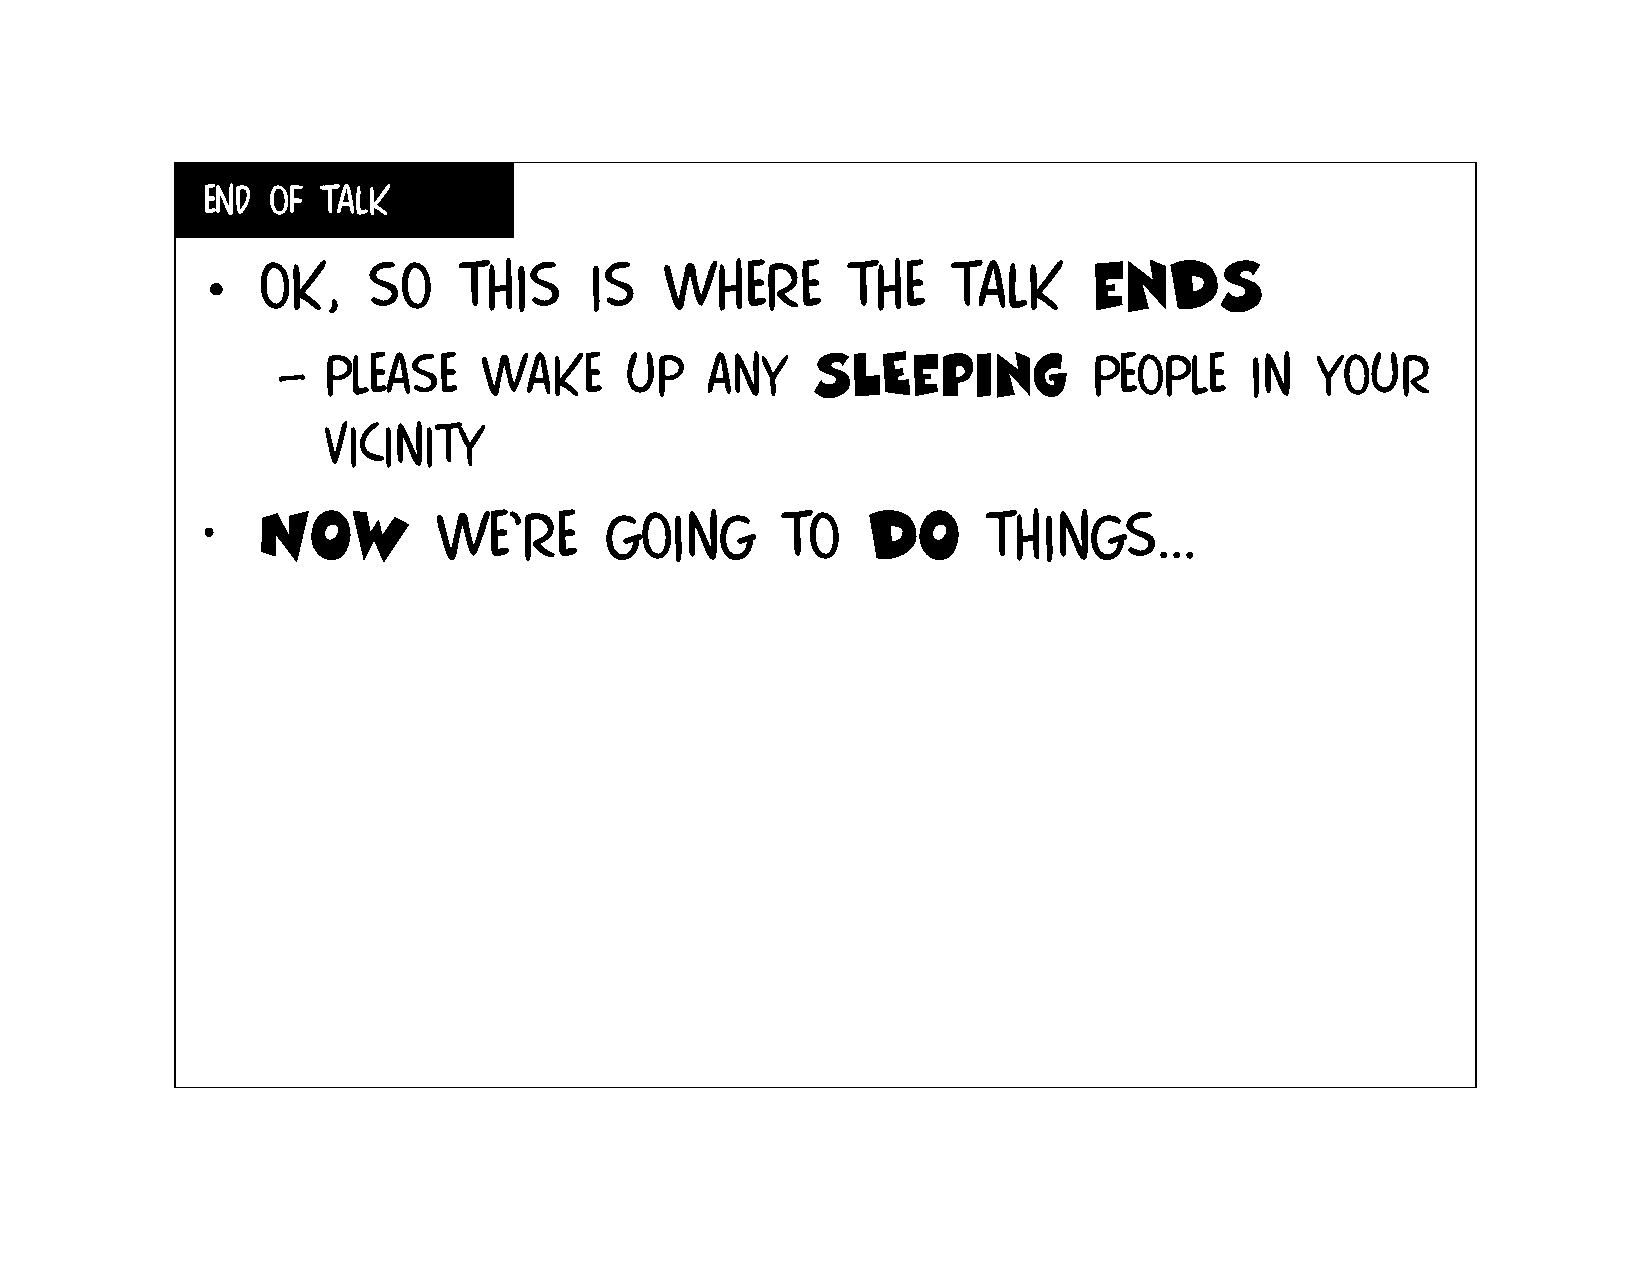
End  of talk
 •   Ok,    so    this     is   where       the    talk     ends
 –  Please     wake     up    any    slEeping          people     in  your
 vicinity
 •   Now         we’re      going       to   do      things…